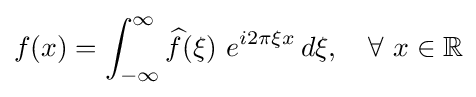
f(x)=\int _{-\infty }^{\infty }{\widehat {f}}(\xi )\ e^{i2\pi \xi x}\,d\xi ,\quad \forall \ x\in \mathbb {R}